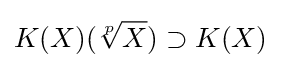
K(X)({\sqrt[{p}]{X}})\supset K(X)